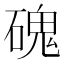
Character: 磈